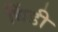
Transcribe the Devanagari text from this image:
धिंडी